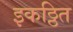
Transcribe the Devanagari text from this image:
इकठ्ठित